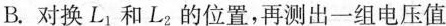
B.对换L_{1}和L_{2}的位置，再测出一组电压值